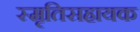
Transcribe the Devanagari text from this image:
स्मृतिसहायक